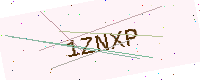
Text: 1ZNXP